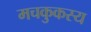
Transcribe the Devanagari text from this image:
मचकुकस्य